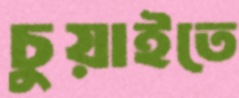
চুয়াইতে